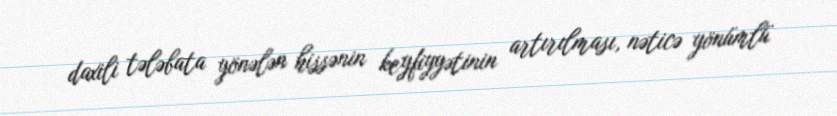
daxili tələbata yönələn hissənin keyfiyyətinin artırılması, nəticə yönümlü